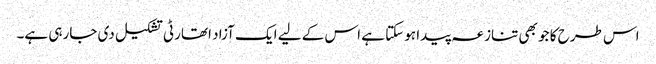
اس طرح کا جو بھی تنازعہ پیدا ہوسکتا ہے اس کے لیے ایک آزاد اتھارٹی تشکیل دی جارہی ہے۔